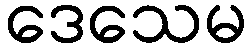
ဒေသေမ